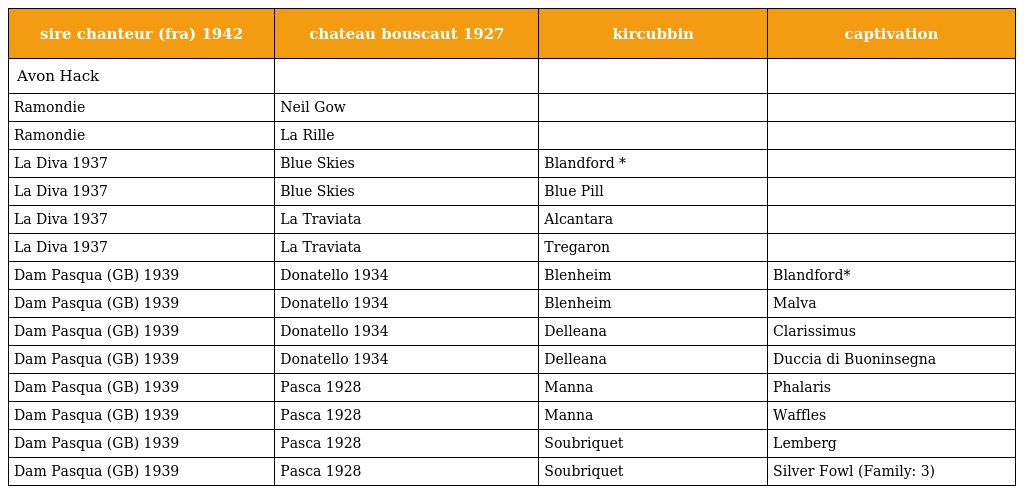
| sire chanteur (fra) 1942 | chateau bouscaut 1927 | kircubbin | captivation |
 | --- | --- | --- | --- |
 | Avon Hack |  |  |  |
 | Ramondie | Neil Gow |  |  |
 | Ramondie | La Rille |  |  |
 | La Diva 1937 | Blue Skies | Blandford * |  |
 | La Diva 1937 | Blue Skies | Blue Pill |  |
 | La Diva 1937 | La Traviata | Alcantara |  |
 | La Diva 1937 | La Traviata | Tregaron |  |
 | Dam Pasqua (GB) 1939 | Donatello 1934 | Blenheim | Blandford* |
 | Dam Pasqua (GB) 1939 | Donatello 1934 | Blenheim | Malva |
 | Dam Pasqua (GB) 1939 | Donatello 1934 | Delleana | Clarissimus |
 | Dam Pasqua (GB) 1939 | Donatello 1934 | Delleana | Duccia di Buoninsegna |
 | Dam Pasqua (GB) 1939 | Pasca 1928 | Manna | Phalaris |
 | Dam Pasqua (GB) 1939 | Pasca 1928 | Manna | Waffles |
 | Dam Pasqua (GB) 1939 | Pasca 1928 | Soubriquet | Lemberg |
 | Dam Pasqua (GB) 1939 | Pasca 1928 | Soubriquet | Silver Fowl (Family: 3) |